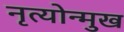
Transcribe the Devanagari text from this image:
नृत्योन्मुख